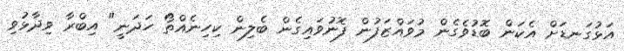
އަޅުގަނޑަށް އެކަން ބޮޑުވެގެން މުވައްޒަފުން ފޮނުވައިގެން ބެލިން ކިހިނެއްތޯ ހަދަނީ" އިބްރާ ވިދާޅުވި